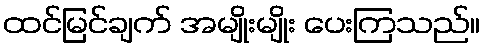
ထင်မြင်ချက် အမျိုးမျိုး ပေးကြသည်။